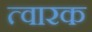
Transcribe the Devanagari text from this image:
त्वारक